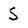
Character: S